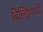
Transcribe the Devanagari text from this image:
बिल्डिंगगची